Vaccination North-Western Provinces and Oudh 1878-1895 - 1878-1895
Year: 1878
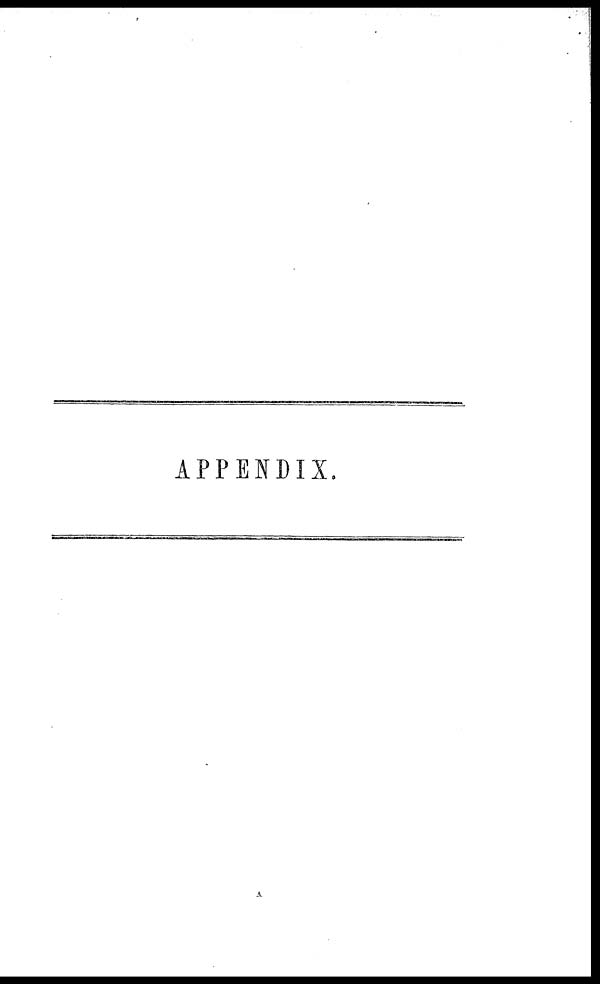
APPENDIX.